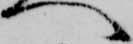
へ